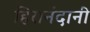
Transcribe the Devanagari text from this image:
हिरानंदानी